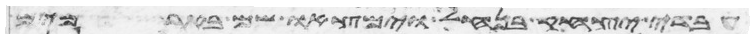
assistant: עבדי יצחק בנחל וימצאו שם באר מים